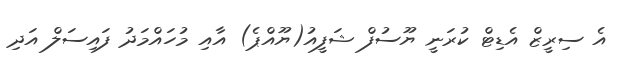
އެ ސިރީޒް އެޑިޓް ކުރަނީ ޔޫސުފް ޝަފީއު(ޔޫއްޕެ) އާއި މުހައްމަދު ފައިސަލް އަދި